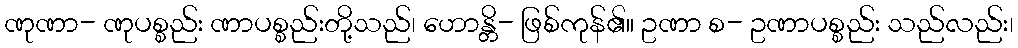
ဏုဏာ- ဏုပစ္စည်း ဏာပစ္စည်းတို့သည်၊ ဟောန္တိ- ဖြစ်ကုန်၏။ ဥဏာ စ- ဥဏာပစ္စည်း သည်လည်း၊